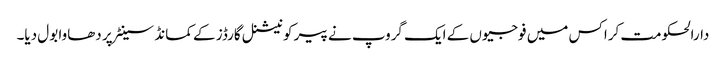
دارالحکومت کراکس میں فوجیوں کے ایک گروپ نے پیر کو نیشنل گارڈز کے کمانڈ سینٹر پر دھاوا بول دیا۔